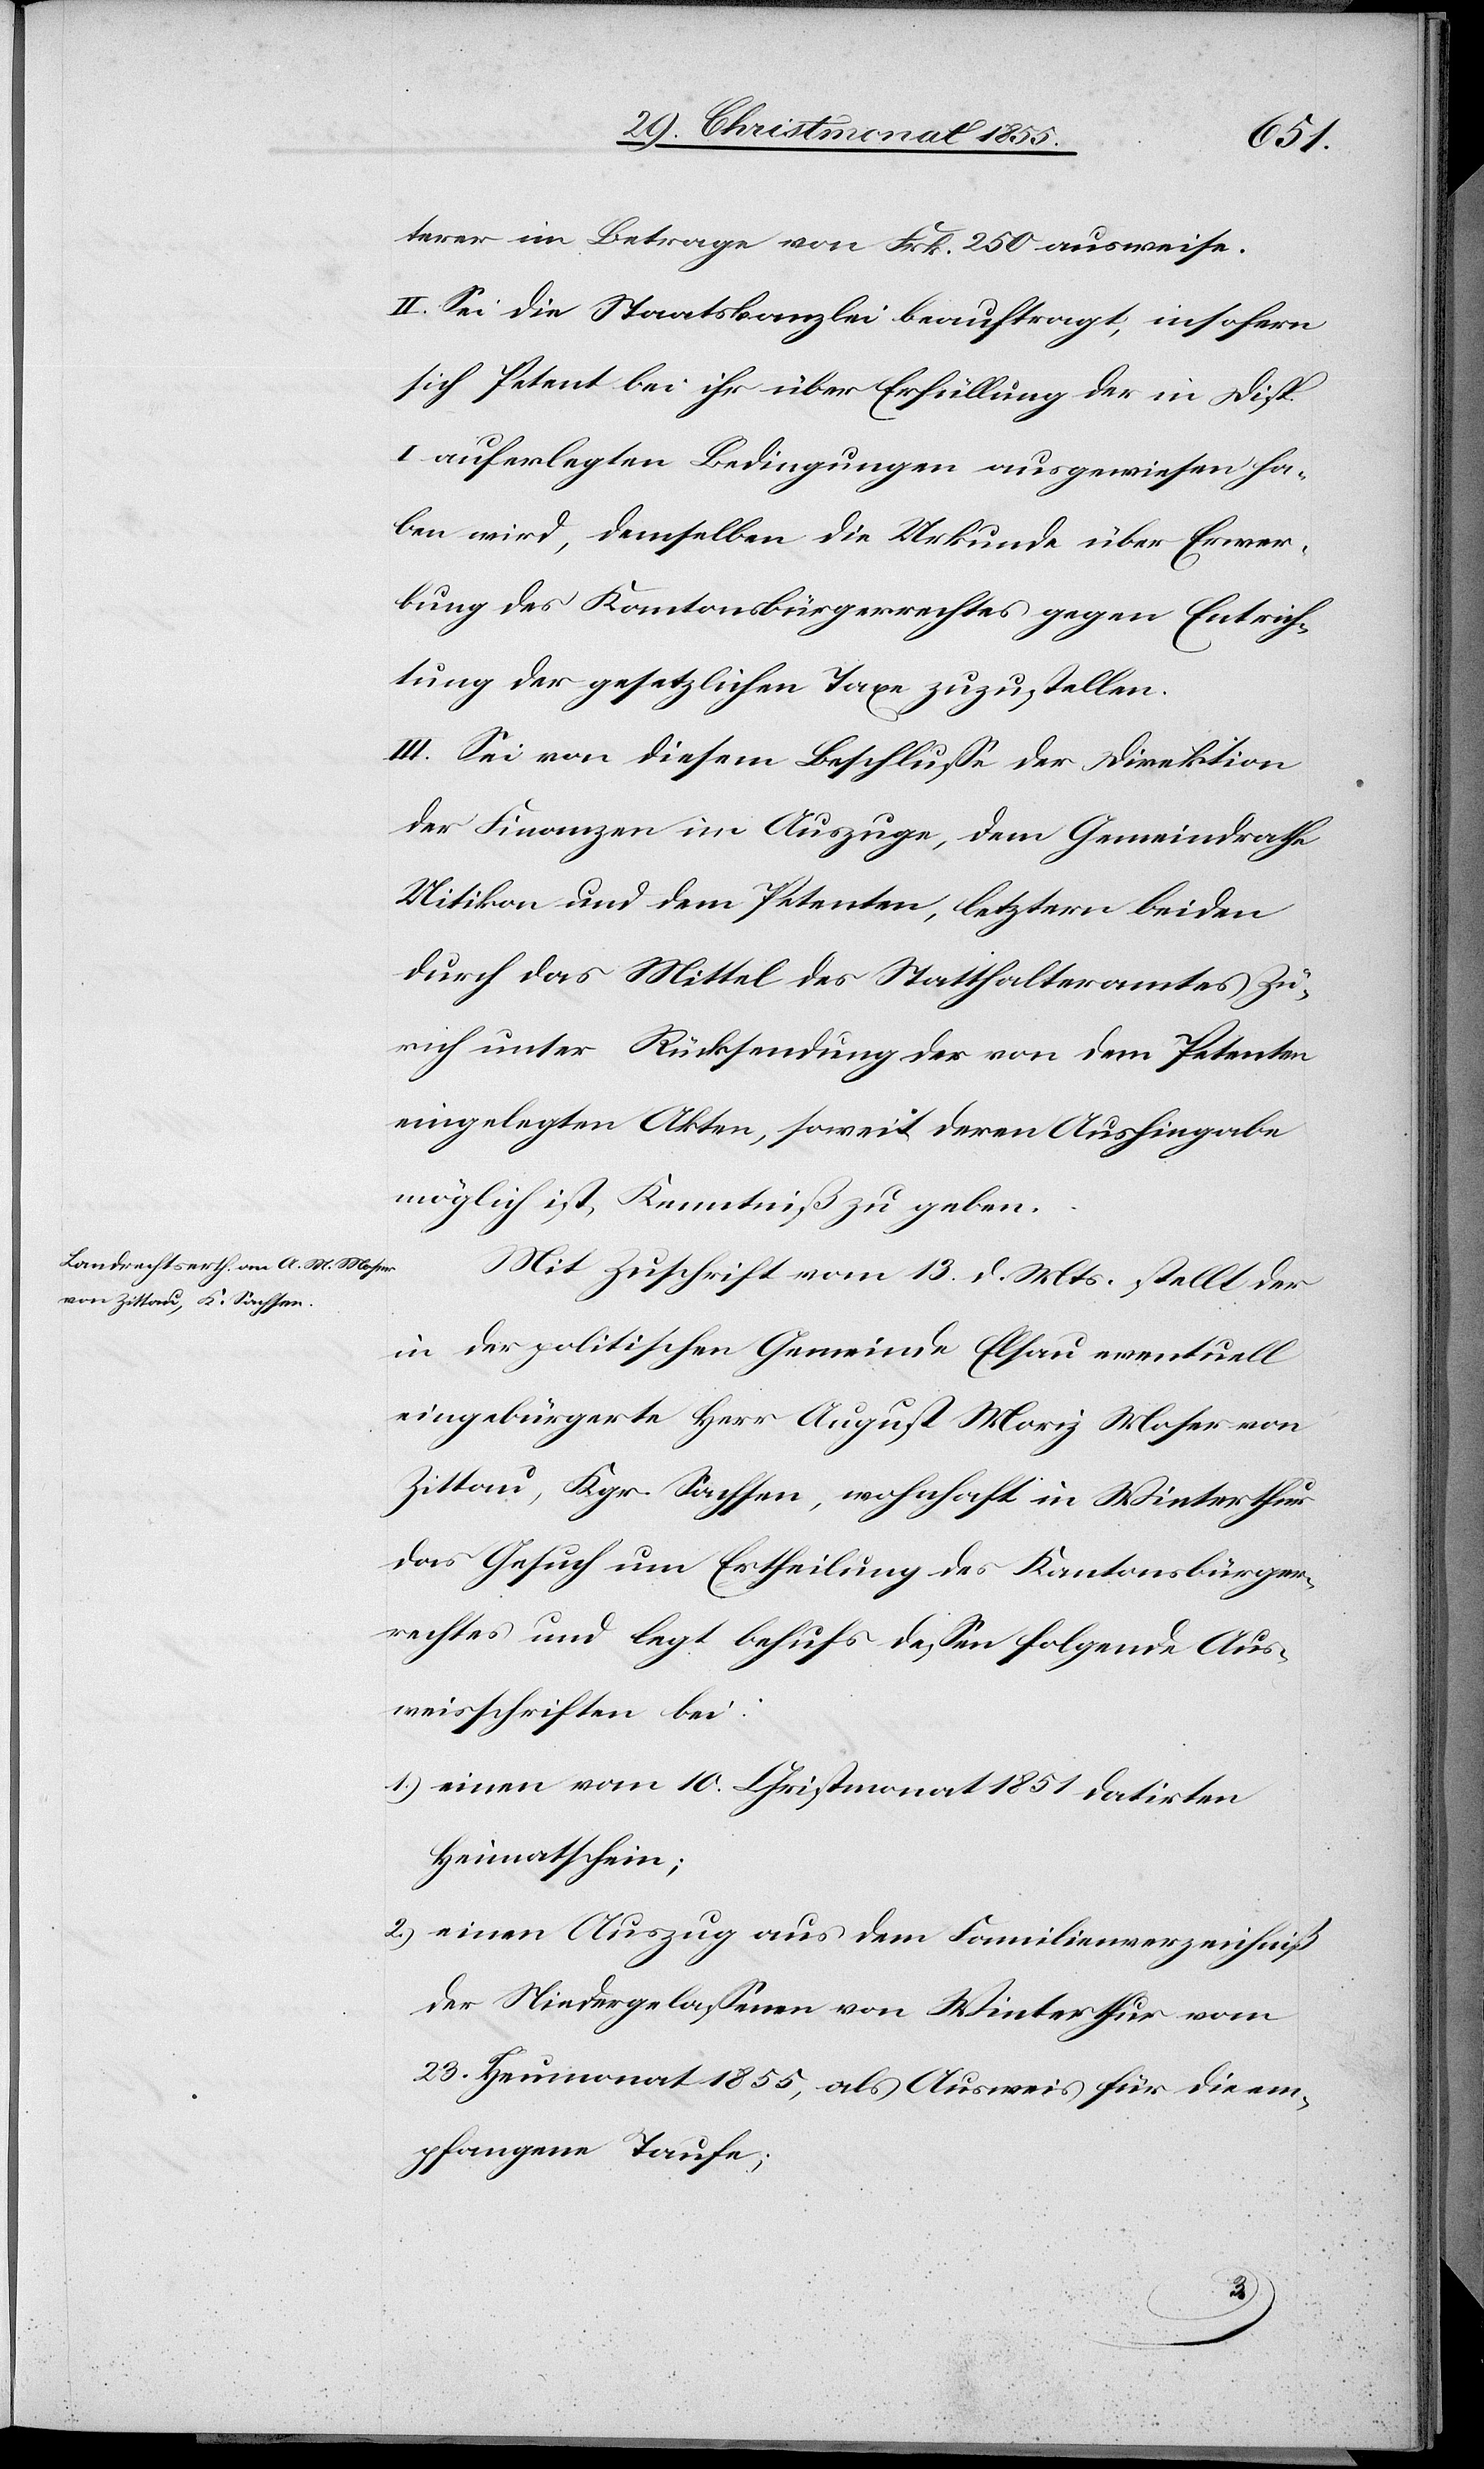
terer im Betrage von Frk. 250 ausweise.
II. Sei die Staatskanzlei beauftragt, insofern
sich Petent bei ihr über Erfüllung der in Disp.
I auferlegten Bedingungen ausgewiesen ha¬
ben wird, demselben die Urkunde über Erwer¬
bung des Kantonsbürgerrechtes gegen Entrich¬
tung der gesetzlichen Taxe zuzustellen.
III. Sei von diesem Beschlusse der Direktion
der Finanzen im Auszuge, dem Gemeindrathe
Uitikon und dem Petenten, letztern beiden
durch das Mittel des Statthalteramtes Zü¬
rich unter Rücksendung der von dem Petenten
eingelegten Akten, soweit deren Aushingabe
möglich ist, Kenntniß zu geben.
Mit Zuschrift vom 13. d. Mts. stellt der
in der politischen Gemeinde Elsau eventuell
eingebürgerte Herr August Moriz Moser von
Zittau, Kgr. Sachsen, wohnhaft in Winterthur
das Gesuch um Ertheilung des Kantonsbürger¬
rechtes und legt behufs dessen folgende Aus¬
weisschriften bei:
einen vom 10. Christmonat 1851 datirten
Heimatschein;
einen Auszug aus dem Familienverzeichniß
der Niedergelassenen von Winterthur vom
23. Heumonat 1855, als Ausweis für die em¬
pfangene Taufe;
2.)